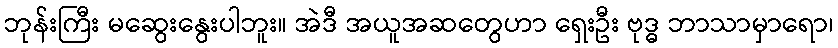
ဘုန်းကြီး မဆွေးနွေးပါဘူး။ အဲဒီ အယူအဆတွေဟာ ရှေးဦး ဗုဒ္ဓ ဘာသာမှာရော၊